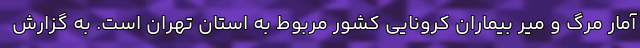
آمار مرگ و میر بیماران کرونایی کشور مربوط به استان تهران است. به گزارش